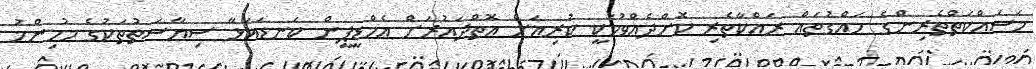
މަސައްކަތްތެރިންގެ ހައްގުތައް ރައްކާތެރި ކޮށްދެއްވުމަކީ ކުރިއަށް އޮތްދައުރަށް އެމްޑީޕީން ކަނޑައަޅާ ސިޔާސަތުތަކުގެ މުހިންމު